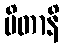
မိတာနိ